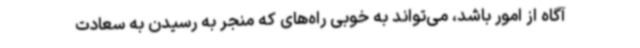
آگاه از امور باشد، می‌تواند به خوبی راه‌های که منجر به رسیدن به سعادت